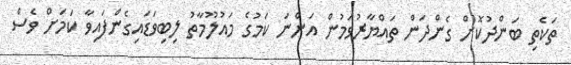
ތަކެތި ބަންދުކޮށް ގެންދަން ތައްޔާރުވަމުން އަންނަ ކަމުގެ މައުލޫމާތު ލިބިވަޑައިގެންފައިވާ ކަމަށް ވެސް